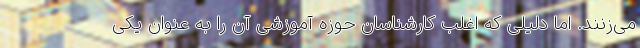
می‌زنند. اما دلیلی که اغلب کارشناسان حوزه آموزشی آن را به عنوان یکی